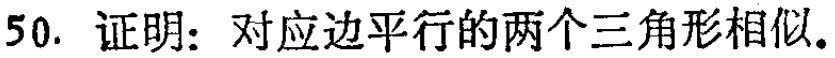
50. 证明：对应边平行的两个三角形相似.